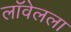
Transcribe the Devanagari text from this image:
लॉवेलला